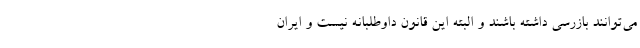
می‌توانند بازرسی داشته باشند و البته این قانون داوطلبانه نیست و ایران